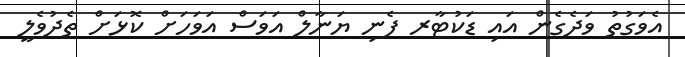
އެވަގުތު ވަދެގެން އައި ޑަކުޓާރ ފެނި ޔަނާލް އަވަސް އަވަހަށް ކޮޅަށް ތެދުވެލީ